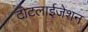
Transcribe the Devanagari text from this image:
टोटलाईजेशन